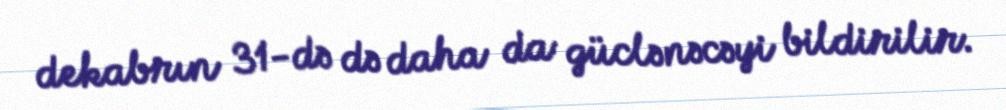
dekabrın 31-də də daha da güclənəcəyi bildirilir.